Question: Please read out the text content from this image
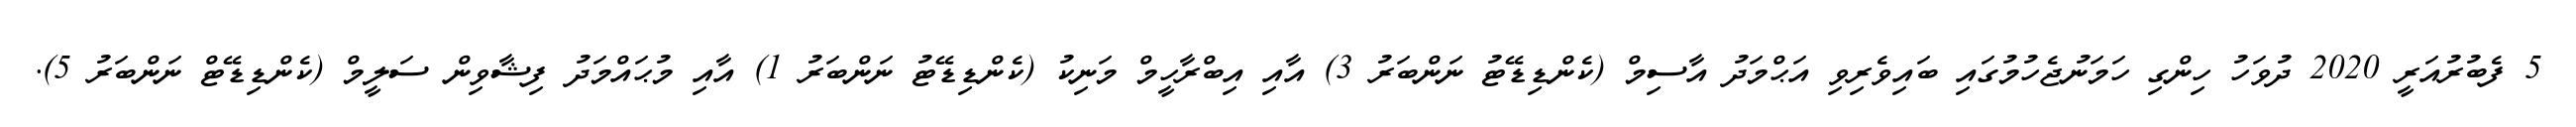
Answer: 5 ފެބުރުއަރީ 2020 ދުވަހު ހިންގި ހަމަނުޖެހުމުގައި ބައިވެރިވި އަޙްމަދު އާސިމް (ކެންޑިޑޭޓު ނަންބަރު 3) އާއި އިބްރާހީމް މަނިކު (ކެންޑިޑޭޓު ނަންބަރު 1) އާއި މުޙައްމަދު ފިޝާވިން ސަލީމް (ކެންޑިޑޭޓް ނަންބަރު 5).